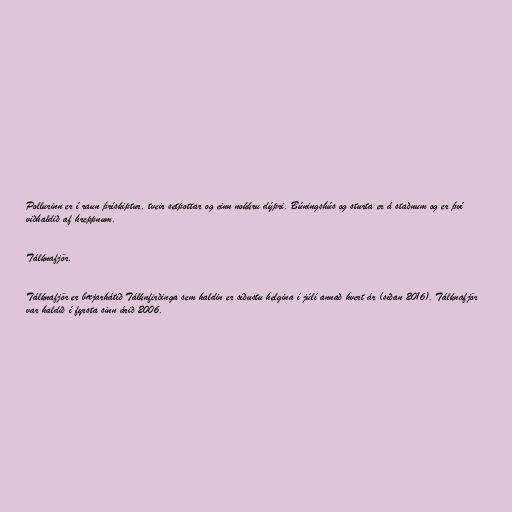
Pollurinn er í raun þrískiptur, tveir setpottar og einn nokkru dýpri. Búningshús og sturta er á staðnum og er því
viðhaldið af hreppnum.

Tálknafjör.

Tálknafjör er bæjarhátíð Tálknfirðinga sem haldin er síðustu helgina í júlí annað hvert ár (síðan 2016). Tálknafjör
var haldið í fyrsta sinn árið 2006.